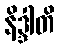
နိဒ္ဒါတိ